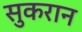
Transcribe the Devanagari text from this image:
सुकरान